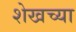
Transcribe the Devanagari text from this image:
शेखच्या